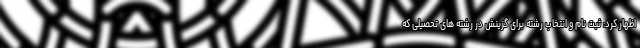
اظهار کرد: ثبت نام و انتخاب رشته برای گزینش در رشته های تحصیلی که